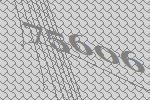
75606